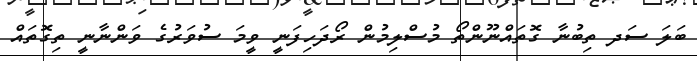
ބަލަ ސަދ ތިބުނާ ގޮތައްނޫންތޯ މުސްލިމުން ރޯދަހިފަނީ ވީމަ ސުވަރުގެ ވަންނާނީ ތިގޮތައް